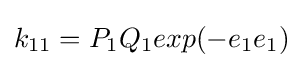
k_{11}=P_{1}Q_{1}exp(-e_{1}e_{1})